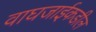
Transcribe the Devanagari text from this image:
वाघजाईकडील